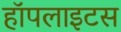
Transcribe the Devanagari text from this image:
हॉपलाइटस